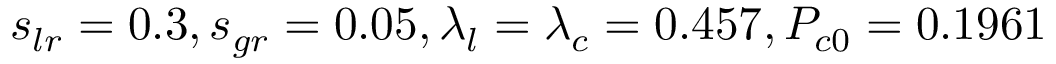
s _ { l r } = 0 . 3 , s _ { g r } = 0 . 0 5 , \lambda _ { l } = \lambda _ { c } = 0 . 4 5 7 , P _ { c 0 } = 0 . 1 9 6 1